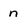
Character: n